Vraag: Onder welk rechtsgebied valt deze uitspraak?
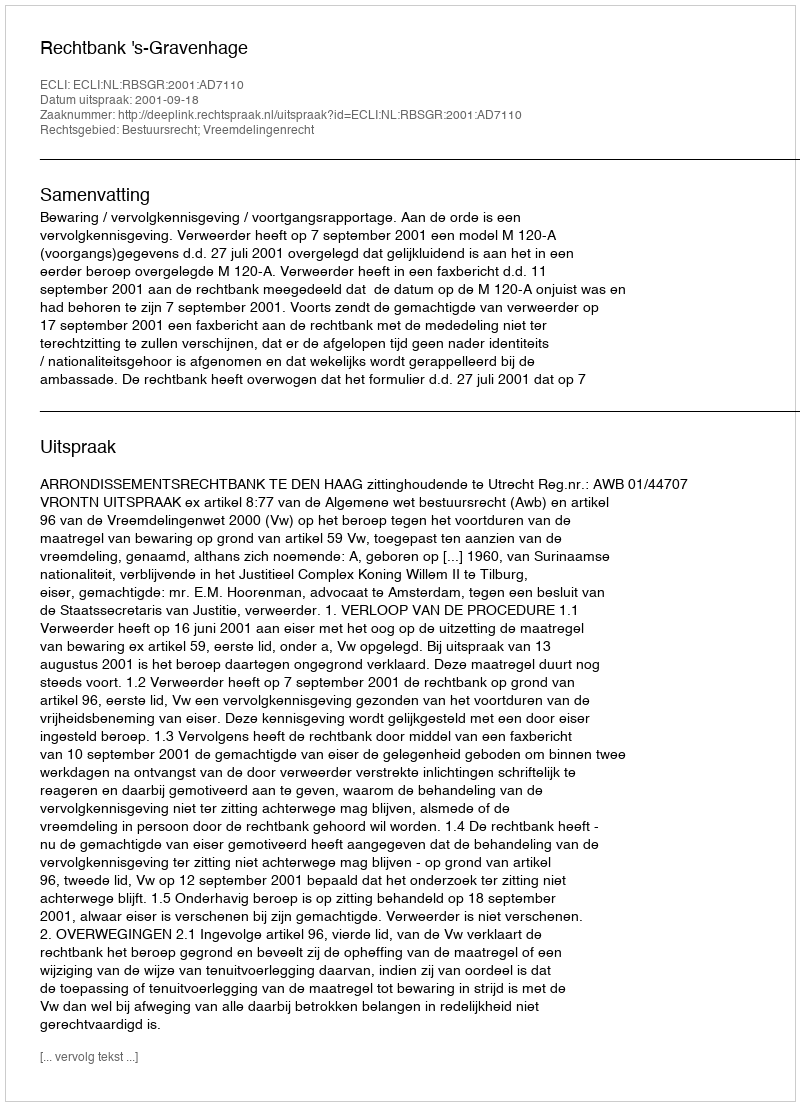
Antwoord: Bestuursrecht; Vreemdelingenrecht